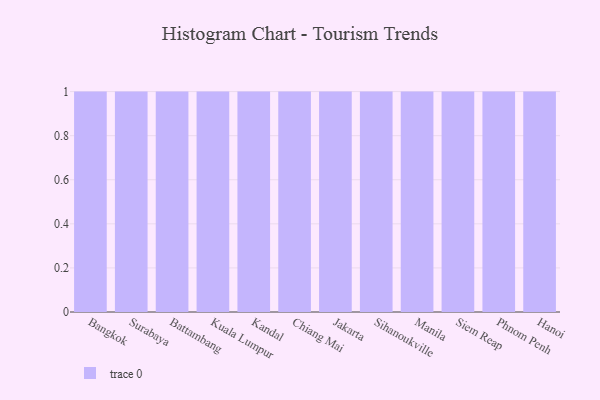
{"axis": {"x": "City", "y": "Website Visitors"}, "legend": [""], "data": [{"x": "Bangkok", "y": 1, "type": ""}, {"x": "Surabaya", "y": 70, "type": ""}, {"x": "Battambang", "y": 48, "type": ""}, {"x": "Kuala Lumpur", "y": 20, "type": ""}, {"x": "Kandal", "y": 33, "type": ""}, {"x": "Chiang Mai", "y": 80, "type": ""}, {"x": "Jakarta", "y": 47, "type": ""}, {"x": "Sihanoukville", "y": 22, "type": ""}, {"x": "Manila", "y": 23, "type": ""}, {"x": "Siem Reap", "y": 53, "type": ""}, {"x": "Phnom Penh", "y": 42, "type": ""}, {"x": "Hanoi", "y": 59, "type": ""}]}